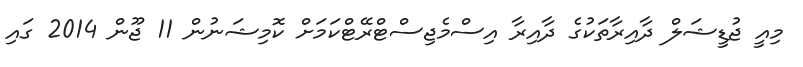
މިއީ ޖުޑީޝަލް ދާއިރާތަކުގެ ދާއިރާ އިސްމެޖިސްޓްރޭޓްކަމަށް ކޮމިޝަނުން 11 ޖޫން 2014 ގައި